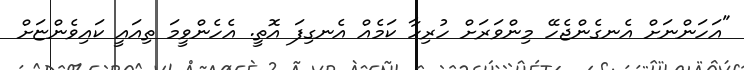
"އަހަންނަށް އެނގެންޖެހޭ މިންވަރަށް ހުރިހާ ކަމެއް އެނގިފަ އޮތީ. އެހެންވީމަ ތިއައީ ކައިވެންޏަށް